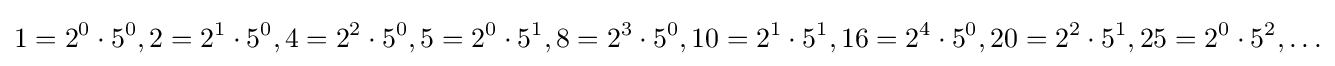
1=2^{0}\cdot 5^{0},2=2^{1}\cdot 5^{0},4=2^{2}\cdot 5^{0},5=2^{0}\cdot 5^{1},8=2^{3}\cdot 5^{0},10=2^{1}\cdot 5^{1},16=2^{4}\cdot 5^{0},20=2^{2}\cdot 5^{1},25=2^{0}\cdot 5^{2},\ldots